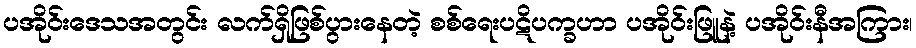
ပအိုဝ်းဒေသအတွင်း လက်ရှိဖြစ်ပွားနေတဲ့ စစ်ရေးပဋိပက္ခဟာ ပအိုဝ်းဖြူနဲ့ ပအိုဝ်းနီအကြား၊